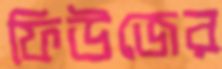
ফিউজের